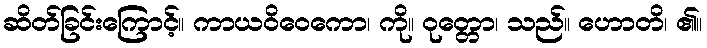
ဆိတ်ခြင်းကြောင့်။ ကာယဝိဝေကော၊ ကို။ ဝုတ္တော၊ သည်။ ဟောတိ၊ ၏။